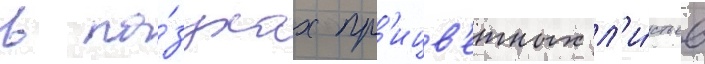
в па́зухах пр'ицв'етных л'и́стьев